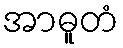
အာဓူတံ